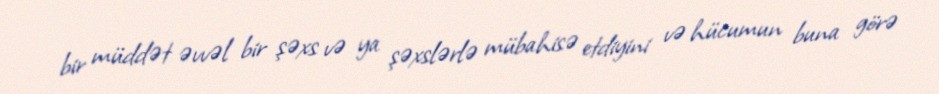
bir müddət əvvəl bir şəxs və ya şəxslərlə mübahisə etdiyini və hücumun buna görə